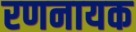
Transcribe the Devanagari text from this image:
रणनायक